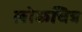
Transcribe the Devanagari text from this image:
लोकचित्र